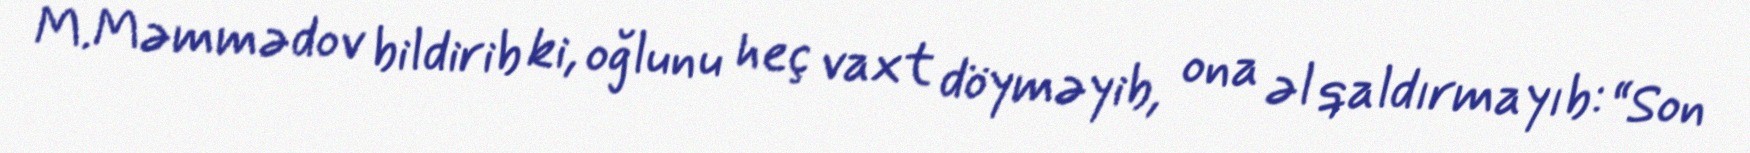
M.Məmmədov bildirib ki, oğlunu heç vaxt döyməyib, ona əl qaldırmayıb: “Son